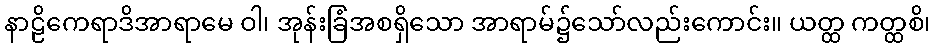
နာဠိကေရာဒိအာရာမေ ဝါ၊ အုန်းခြံအစရှိသော အာရာမ်၌သော်လည်းကောင်း။ ယတ္ထ ကတ္ထစိ၊